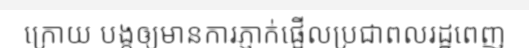
ក្រោយ បង្កឲ្យមានការភ្ញាក់ផ្អើលប្រជាពលរដ្ឋពេញ